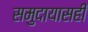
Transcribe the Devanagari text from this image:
समुदायासही